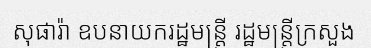
សុផារ៉ា ឧបនាយករដ្ឋមន្ត្រី រដ្ឋមន្ត្រីក្រសួង